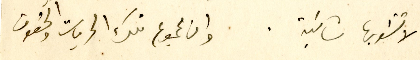
لا تشوبها شائبة. وان مجموع تلك الحريات والحقوق